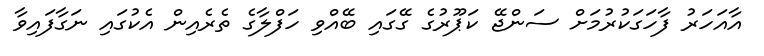
އާއަހަރު ފާހަގަކުރުމަށް ސަންޖޭ ކަޕޫރުގެ ގޭގައި ބޭއްވި ހަފްލާގެ ތެރެއިން އެކުގައި ނަގާފައިވާ